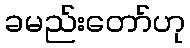
ခမည်းတော်ဟု